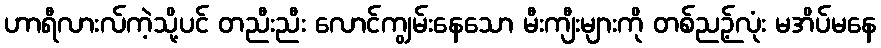
ဟာရီလားလ်ကဲ့သို့ပင် တညီးညီး လောင်ကျွမ်းနေသော မီးကျီးများကို တစ်ညဉ့်လုံး မအိပ်မနေ